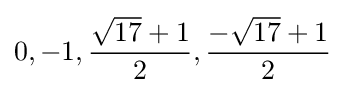
0,-1,{\frac {{\sqrt {17}}+1}{2}},{\frac {-{\sqrt {17}}+1}{2}}